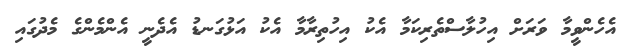
އެހެންވީމާ ވަރަށް އިހުލާސްތެރިކަމާ އެކު އިހުތިރާމާ އެކު އަޅުގަނޑު އެދެނީ އެންމެންގެ މެދުގައި